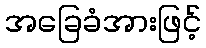
အခြေခံအားဖြင့်